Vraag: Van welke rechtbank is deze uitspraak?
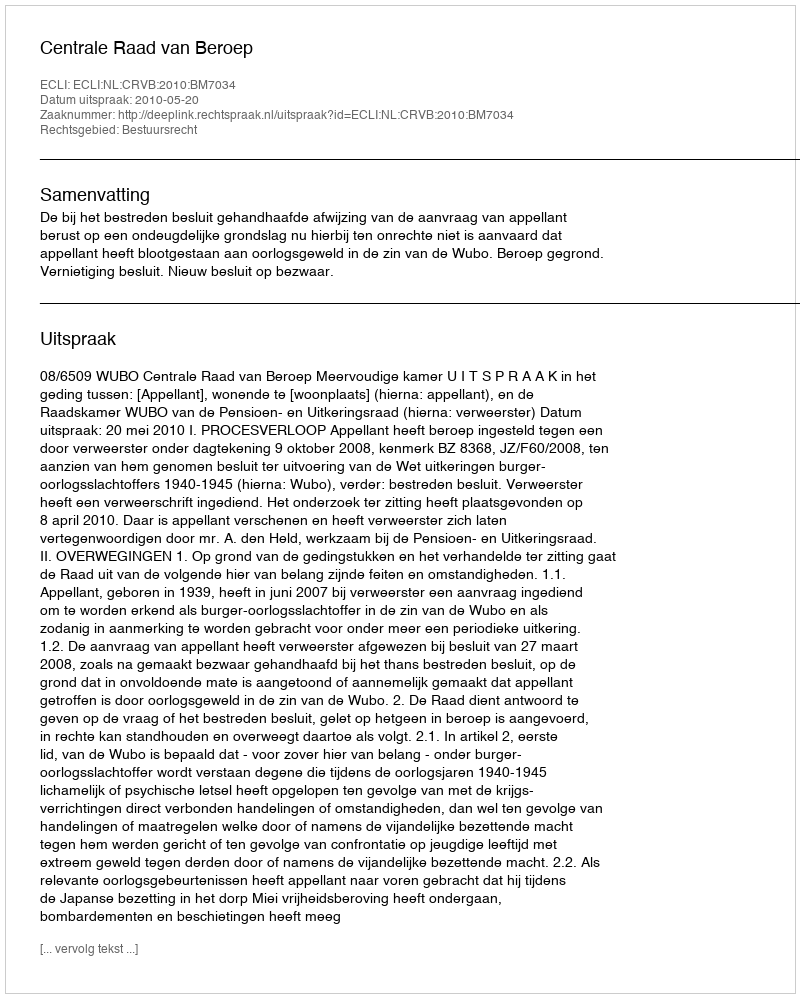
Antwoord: Centrale Raad van Beroep